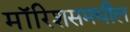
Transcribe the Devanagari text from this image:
मॉरिशसमधील